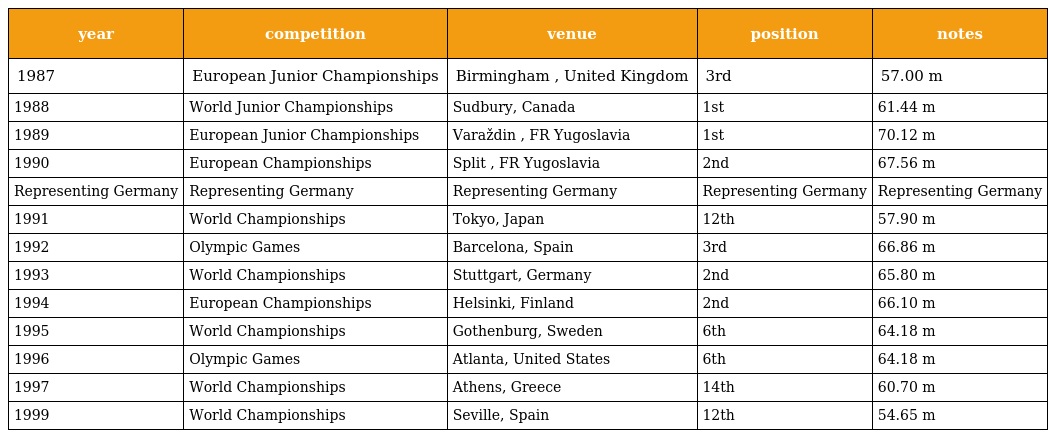
| year | competition | venue | position | notes |
 | --- | --- | --- | --- | --- |
 | 1987 | European Junior Championships | Birmingham , United Kingdom | 3rd | 57.00 m |
 | 1988 | World Junior Championships | Sudbury, Canada | 1st | 61.44 m |
 | 1989 | European Junior Championships | Varaždin , FR Yugoslavia | 1st | 70.12 m |
 | 1990 | European Championships | Split , FR Yugoslavia | 2nd | 67.56 m |
 | Representing Germany | Representing Germany | Representing Germany | Representing Germany | Representing Germany |
 | 1991 | World Championships | Tokyo, Japan | 12th | 57.90 m |
 | 1992 | Olympic Games | Barcelona, Spain | 3rd | 66.86 m |
 | 1993 | World Championships | Stuttgart, Germany | 2nd | 65.80 m |
 | 1994 | European Championships | Helsinki, Finland | 2nd | 66.10 m |
 | 1995 | World Championships | Gothenburg, Sweden | 6th | 64.18 m |
 | 1996 | Olympic Games | Atlanta, United States | 6th | 64.18 m |
 | 1997 | World Championships | Athens, Greece | 14th | 60.70 m |
 | 1999 | World Championships | Seville, Spain | 12th | 54.65 m |